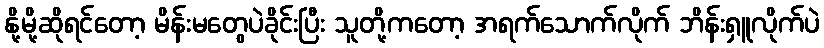
နို့မို့ဆိုရင်တော့ မိန်းမတွေပဲခိုင်းပြီး သူတို့ကတော့ အရက်သောက်လိုက် ဘိန်းရှူလိုက်ပဲ